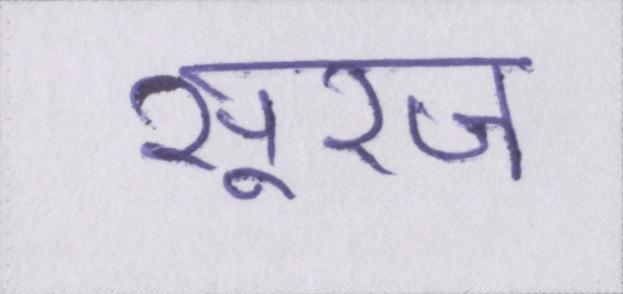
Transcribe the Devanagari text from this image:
सूरज